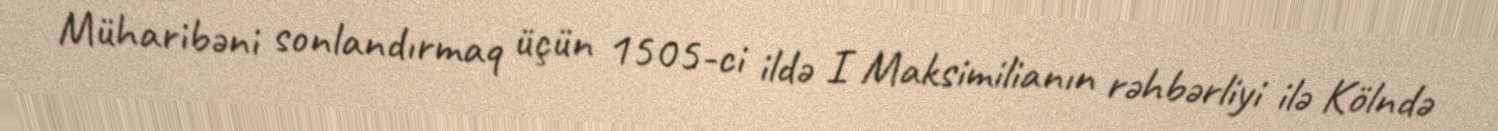
Müharibəni sonlandırmaq üçün 1505-ci ildə I Maksimilianın rəhbərliyi ilə Kölndə